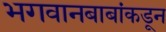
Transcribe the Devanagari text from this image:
भगवानबाबांकडून